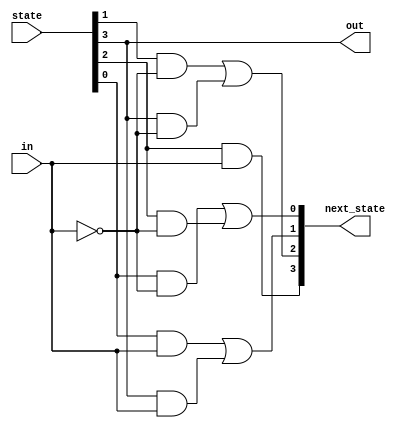
module top_module (
    input wire in,
    input wire [3:0] state, // One-hot encoded current state
    output wire [3:0] next_state, // One-hot encoded next state
    output wire out // Output based on current state
);
    // Next state logic based on the given state transition table
    assign next_state[0] = (state[0] && (in == 0)) || (state[2] && (in == 0)); // next_state[A]
    assign next_state[1] = (state[0] && (in == 1)) || (state[3] && (in == 1)); // next_state[B]
    assign next_state[2] = (state[1] && (in == 0)) || (state[3] && (in == 0)); // next_state[C]
    assign next_state[3] = (state[2] && (in == 1)); // next_state[D]

    // Output logic: out is 1 if the current state is D, otherwise 0
    assign out = state[3];

endmodule